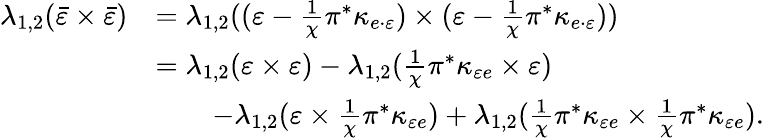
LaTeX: \begin{array}{rl}{\lambda_{1,2}(\bar{\varepsilon}\times\bar{\varepsilon})}&{=\lambda_{1,2}((\varepsilon-\frac{1}{\chi}\pi^{*}\kappa_{e\cdot\varepsilon})\times(\varepsilon-\frac{1}{\chi}\pi^{*}\kappa_{e\cdot\varepsilon}))}\\ &{=\lambda_{1,2}(\varepsilon\times\varepsilon)-\lambda_{1,2}(\frac{1}{\chi}\pi^{*}\kappa_{\varepsilon e}\times\varepsilon)}\\ &{\quad\quad-\lambda_{1,2}(\varepsilon\times\frac{1}{\chi}\pi^{*}\kappa_{\varepsilon e})+\lambda_{1,2}(\frac{1}{\chi}\pi^{*}\kappa_{\varepsilon e}\times\frac{1}{\chi}\pi^{*}\kappa_{\varepsilon e}).}\end{array}